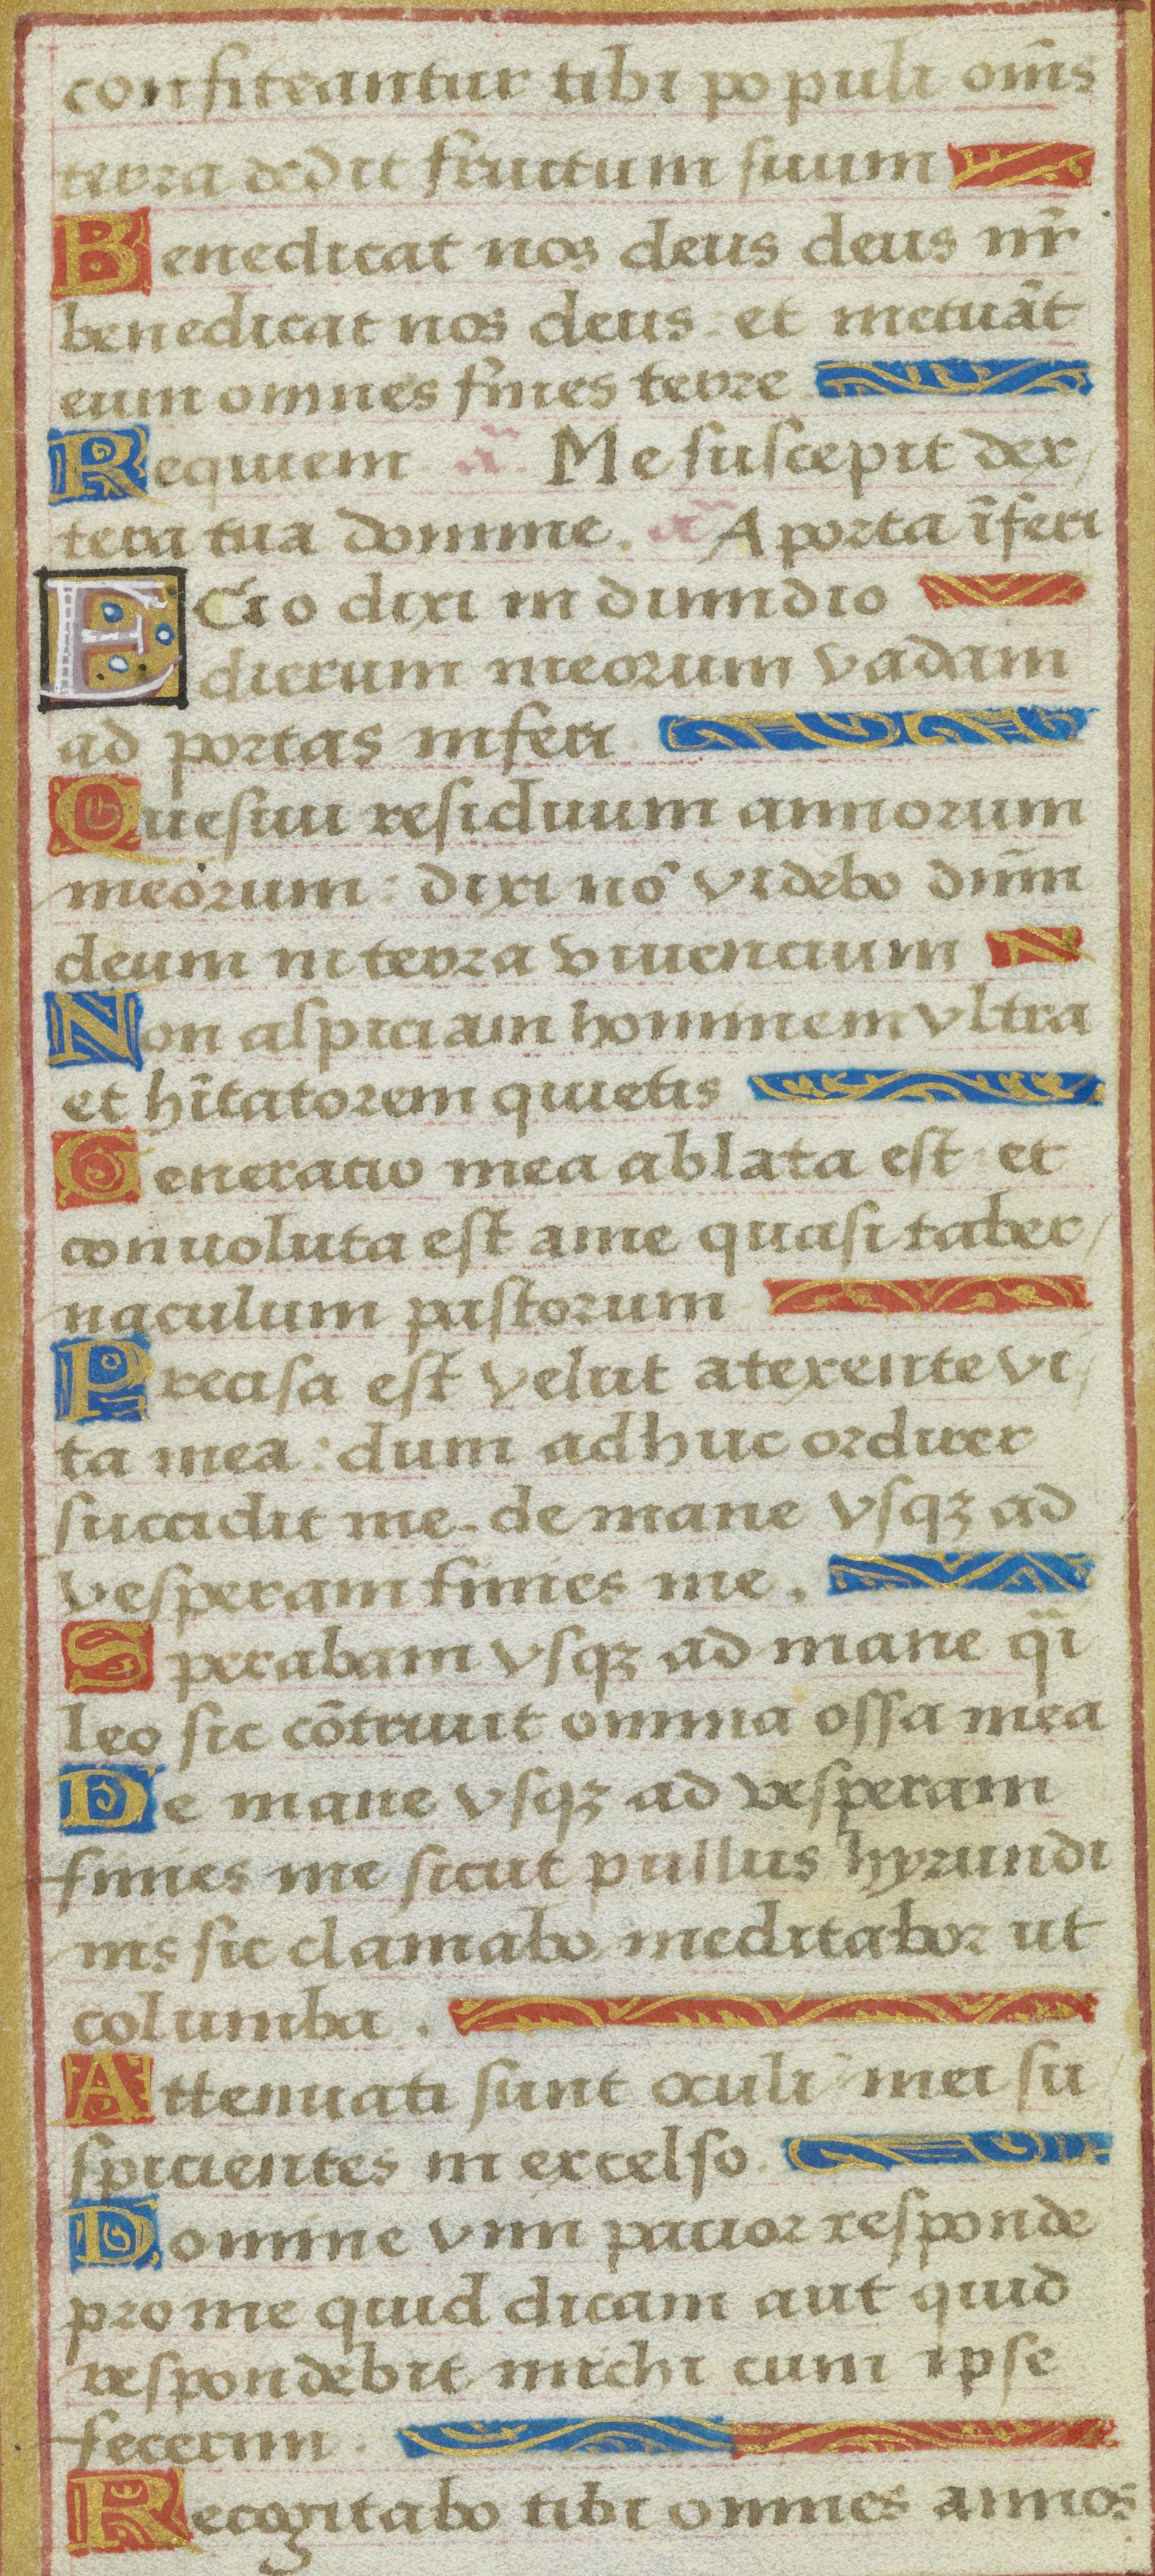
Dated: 1525–1549